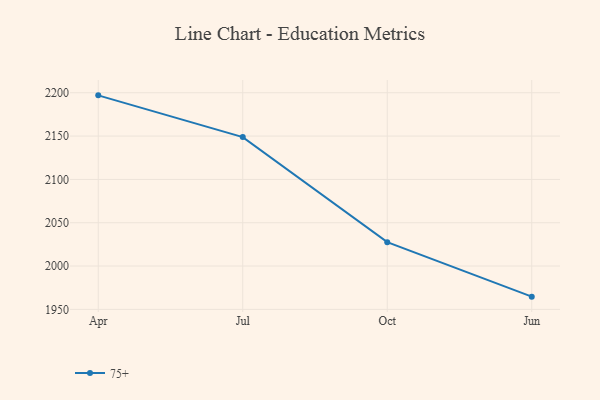
{"axis": {"x": "Month", "y": "Inventory Turnover"}, "legend": ["75+"], "data": [{"x": "Apr", "y": 2197.0, "type": "75+"}, {"x": "Jul", "y": 2148.8, "type": "75+"}, {"x": "Oct", "y": 2027.6, "type": "75+"}, {"x": "Jun", "y": 1964.7, "type": "75+"}]}